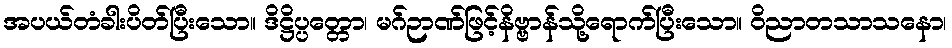
အပယ်တံခါးပိတ်ပြီးသော။ ဒိဋ္ဌိပ္ပတ္တော၊ မဂ်ဉာဏ်ဖြင့်နိဗ္ဗာန်သို့ရောက်ပြီးသော။ ဝိညာတသာသနော၊